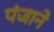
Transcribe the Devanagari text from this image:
पंजाने